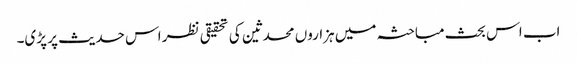
اب اس بحث مباحثہ میں ہزاروں محدثین کی تحقیقی نظر اس حدیث پر پڑی۔